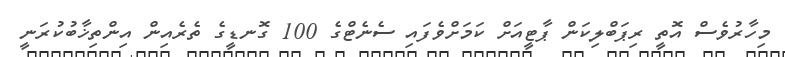
މިހާރުވެސް އޮތީ ރިޕަބްލިކަން ޕާޓީއަށް ކަމަށްވެފައި ސެނެޓްގެ 100 ގޮނޑީގެ ތެރެއިން އިންތިޚާބުކުރަނީ